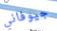
جيوفاني